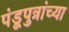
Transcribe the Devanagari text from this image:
पंडूपुत्रांच्या